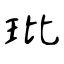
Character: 玭